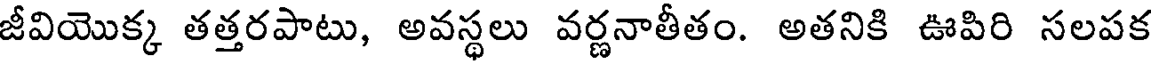
జీవియొక్క తత్తరపాటు, అవస్థలు వర్ణనాతీతం. అతనికి ఊపిరి సలపక